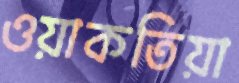
ওয়াকতিয়া